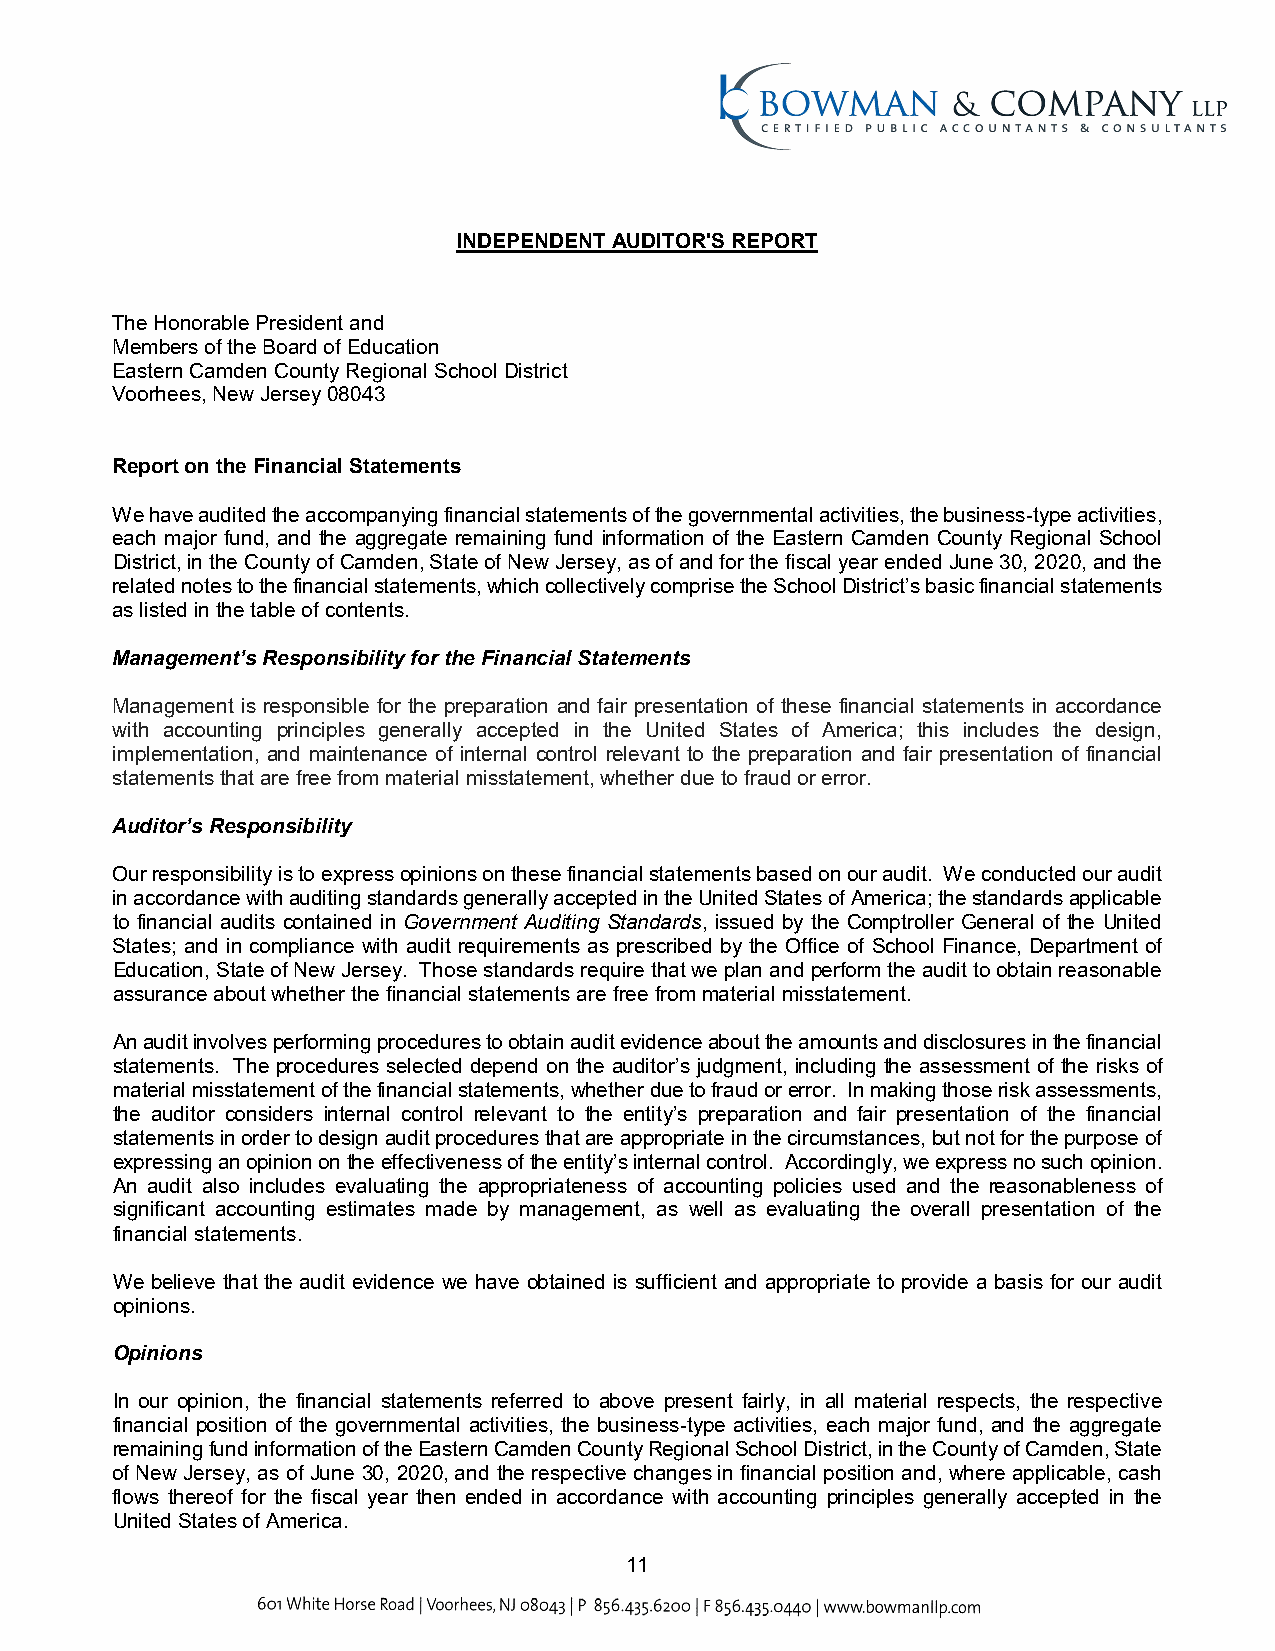
INDEPENDENT AUDITOR'S REPORT
 The Honorable President and
 Members of the Board of Education
 Eastern Camden County Regional School District
 Voorhees, New Jersey 08043
 Report on the Financial Statements
 We have audited the accompanying financial statements of the governmental activities, the business-typeactivities,
 each major fund, and the aggregate remaining fund information of the Eastern Camden County Regional School
 District, in the County of Camden, State of New Jersey, as of and for the fiscal year endedJune 30, 2020, and the
 related notes to the financial statements, whichcollectively comprise the School District’s basic financial statements
 as listed in the table of contents.
 Management’s Responsibility for the Financial Statements
 Management is responsible for the preparation and fair presentation of these financial statements in accordance
 with accounting principles generally accepted in the United States of America; this includes the design,
 implementation, and maintenance of internal control relevant to the preparation and fair presentation of financial
 statements that are free from material misstatement, whether due to fraud or error.
 Auditor’s Responsibility
 Our responsibility is to express opinions on these financial statements based on our audit. We conducted ouraudit
 in accordance with auditing standards generally accepted in the United States ofAmerica; the standards applicable
 to financial audits contained in Government Auditing Standards, issued by the Comptroller General of the United
 States; and in compliance with audit requirements as prescribed by the Office of School Finance, Department of
 Education, State of New Jersey. Those standards require that we plan andperform the audit to obtain reasonable
 assurance about whether the financial statements are free frommaterial misstatement.
 An audit involves performing procedures to obtain audit evidence about the amounts and disclosures in the financial
 statements. The procedures selected depend on the auditor’s judgment, including the assessment of the risks of
 material misstatement of the financial statements, whether due to fraud or error. In making those risk assessments,
 the auditor considers internal control relevant to the entity’s preparation and fair presentation of the financial
 statementsin order to design audit procedures that are appropriate in the circumstances, but not for the purpose of
 expressing an opinion on the effectiveness of the entity’sinternal control. Accordingly, we express no such opinion.
 An audit also includes evaluating the appropriateness of accounting policies used and the reasonableness of
 significant accounting estimates made by management, as well as evaluating the overall presentation of the
 financial statements.
 We believe that the audit evidence we have obtained is sufficient and appropriate to provide a basis for our audit
 opinions.
 Opinions
 In our opinion, the financial statements referred to above present fairly, in all material respects, the respective
 financial position of the governmental activities, the business-type activities, each major fund, and the aggregate
 remaining fund information of the Eastern Camden County Regional School District,in the County of Camden, State
 of New Jersey, as of June 30, 2020, and the respective changes in financial position and, where applicable, cash
 flows thereof for the fiscal year then ended in accordance with accounting principles generally accepted in the
 United States of America.
 11